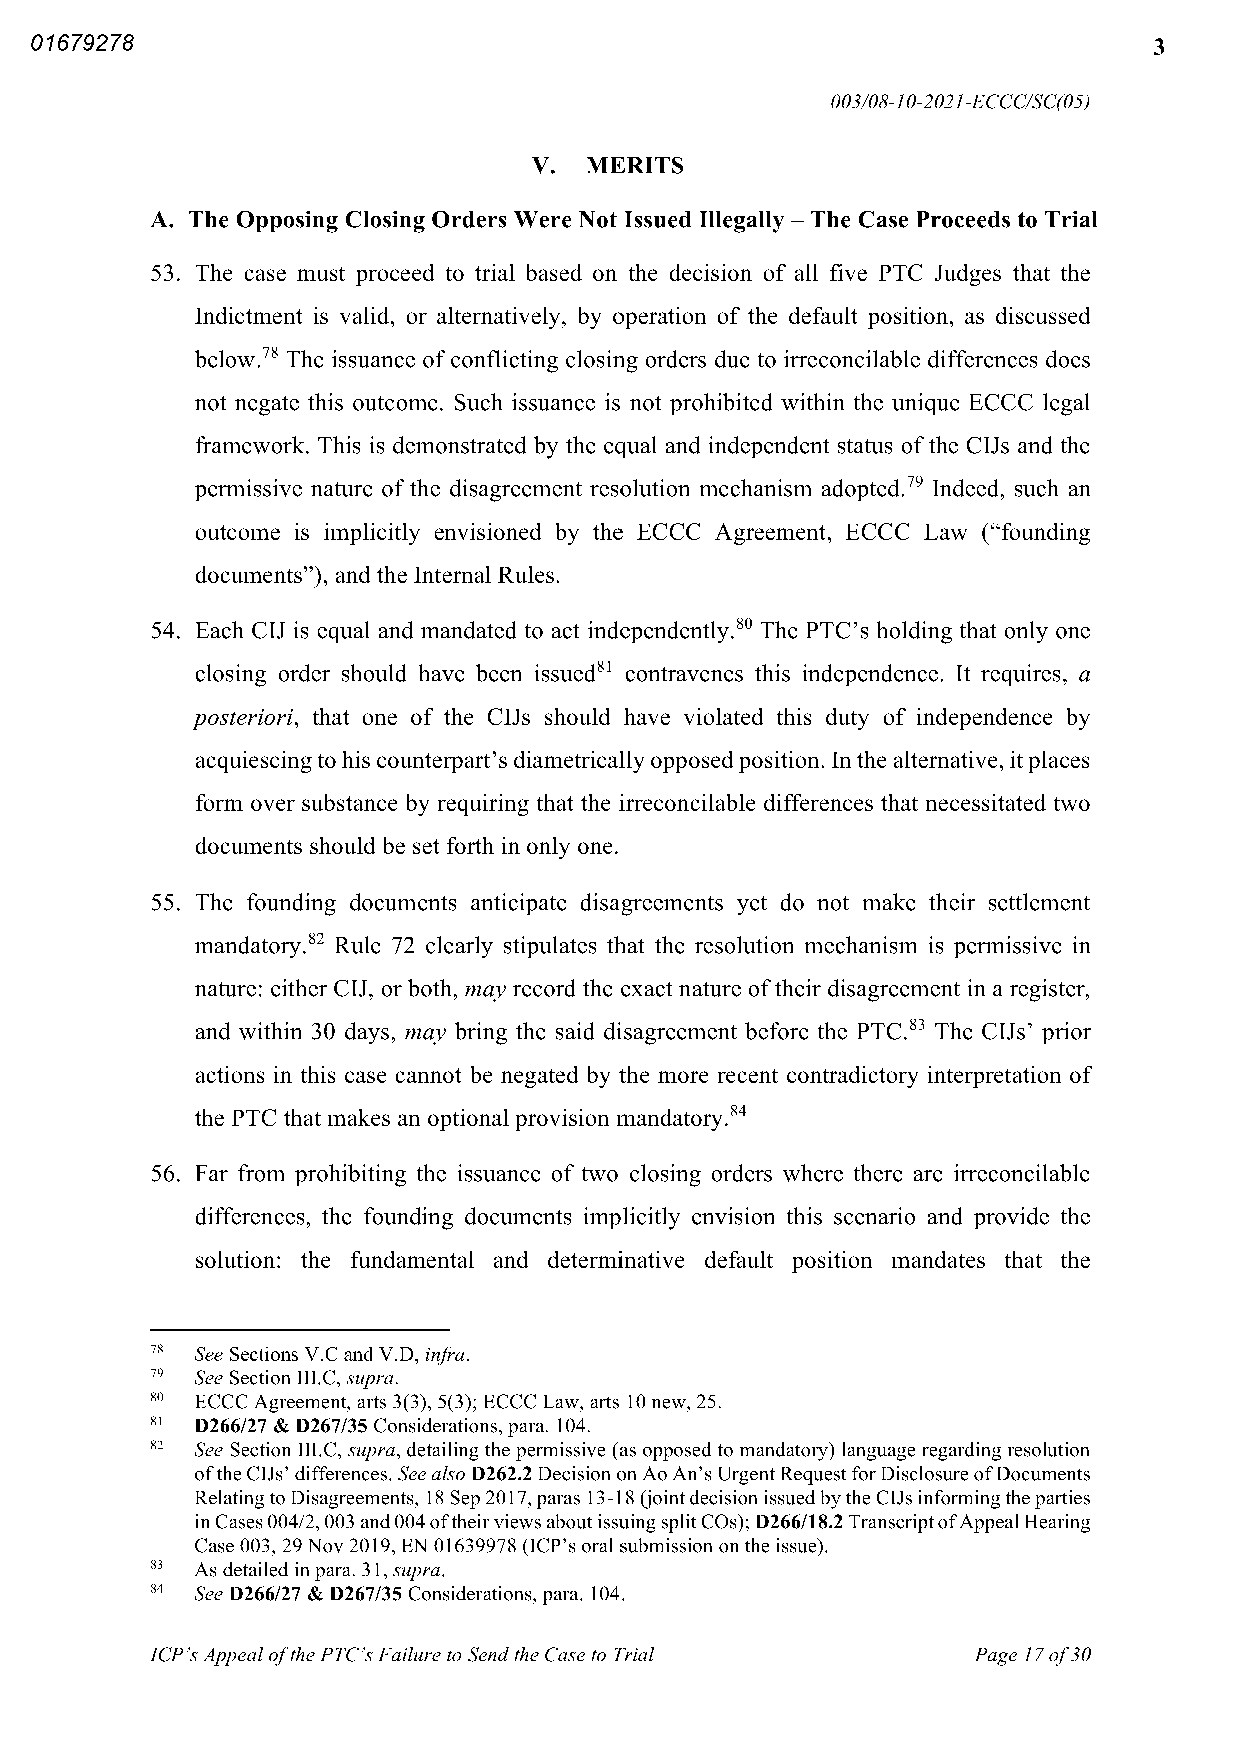
ERN>01679278</ERN>                                                        3
 003 08 10 2021 ECCCSC 05
 V   MERITS
 A The Opposing Closing Orders Were Not Issued Illegally The Case Proceeds to Trial
 53 The case must proceed to trial based on the decision of all five PTC Judges that the
 Indictment is valid or alternatively by operation of the default position as discussed
 below 78 The issuance ofconflicting closing orders due to irreconcilable differences does
 not negate this outcome Such issuance is not prohibited within the unique ECCC legal
 framework This is demonstrated by the equal and independent status ofthe CIJs and the
 permissive nature ofthe disagreement resolution mechanism adopted 79 Indeed such an
 outcome is implicitly envisioned by the ECCC Agreement ECCC Law “founding
 documents” and the Internal Rules
 54 Each CIJ is equal and mandated to act independently 80 The PTC’s holding that only one
 closing order should have been issued81 contravenes this independence It requires a
 posteriori that one of the CIJs should have violated this duty of independence by
 acquiescingto his counterpart’s diametrically opposedposition Inthe alternative itplaces
 form over substance by requiring that the irreconcilable differences that necessitated two
 documents should be set forth in only one
 55 The founding documents anticipate disagreements yet do not make their settlement
 mandatory 82 Rule 72 clearly stipulates that the resolution mechanism is permissive in
 nature either CIJ orboth may record the exact nature oftheir disagreement in a register
 and within 30 days may bring the said disagreement before the PTC 83 The CIJs’ prior
 actions in this case cannot be negated by the more recent contradictory interpretation of
 the PTC that makes an optional provision mandatory 84
 56 Far from prohibiting the issuance of two closing orders where there are irreconcilable
 differences the founding documents implicitly envision this scenario and provide the
 solution the fundamental and determinative default position mandates that the
 78 See Sections V C andV D infra
 79 See SectionIII C supra
 80 ECCC Agreement arts 3 3 5 3 ECCC Law arts 10new 25
 81 D266 27 D267 35 Considerations para 104
 82 See Section III C supra detailing the permissive as opposed to mandatory language regardingresolution
 oftheCIJs’ differences Seealso D262 2 DecisiononAoAn’s UrgentRequestforDisclosureofDocuments
 RelatingtoDisagreements 18 Sep2017 paras 13 18 jointdecisionissuedbythe CIJsinformingtheparties
 inCases004 2 003 and004oftheirviewsaboutissuingsplitCOs D266 18 2 TranscriptofAppealHearing
 Case 003 29Nov2019 EN 01639978 ICP’s oral submission onthe issue
 83 As detailed inpara 31 supra
 84 See D266 27 D267 35 Considerations para 104
 ICP’sAppealofthePTC’sFailure to Sendthe Case to Trial Page 17of30